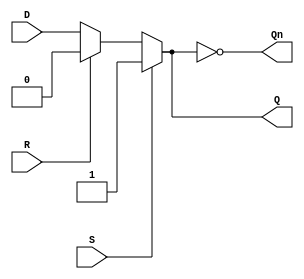
module async_register (
    input wire D,      // Data input
    input wire S,      // Set input (asynchronous)
    input wire R,      // Reset input (asynchronous)
    output reg Q,      // Output Q
    output wire Qn     // Inverted output Q'
);

    assign Qn = ~Q; // Inverted output

    always @(*) begin
        if (S) begin
            Q = 1'b1;  // Set the register to high when S is asserted
        end else if (R) begin
            Q = 1'b0;  // Reset the register to low when R is asserted
        end else begin
            Q = D;      // Store the data when both S and R are deasserted
        end
    end
endmodule